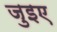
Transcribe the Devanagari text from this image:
जुइए